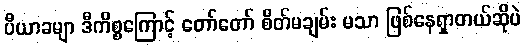
ပီယာခမျာ ဒီကိစ္စကြောင့် တော်တော် စိတ်မချမ်း မသာ ဖြစ်နေရှာတယ်ဆိုပဲ